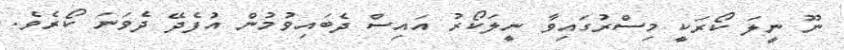
ނޫ ނީލަ ކޯރަކީ މިސްރުގައިވާ ނީލަކޯރު އައިސް ދެބައިވުމުން އުފެދޭ ދެވަނަ ކޯރެވެ.